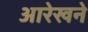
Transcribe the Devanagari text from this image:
आरेखने